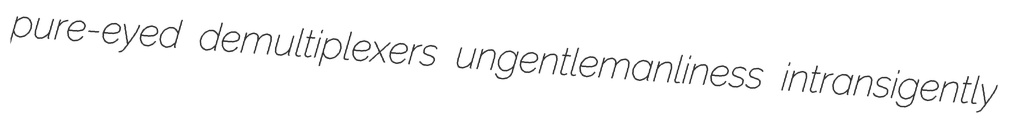
pure-eyed demultiplexers ungentlemanliness intransigently